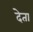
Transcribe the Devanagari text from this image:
देेता